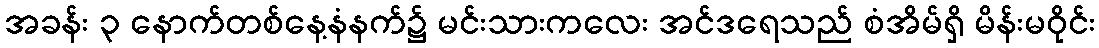
အခန်း ၃ နောက်တစ်နေ့နံနက်၌ မင်းသားကလေး အင်ဒရေသည် စံအိမ်ရှိ မိန်းမဝိုင်း